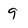
Character: 9